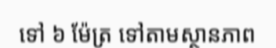
ទៅ ៦ ម៉ែត្រ ទៅតាមស្ថានភាព